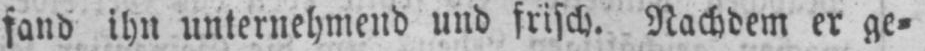
fand ihn unternehmend und frisch. Nachdem er ge⸗